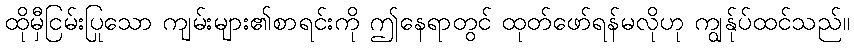
ထိုမှီငြမ်းပြုသော ကျမ်းများ၏စာရင်းကို ဤနေရာတွင် ထုတ်ဖော်ရန်မလိုဟု ကျွန်ုပ်ထင်သည်။